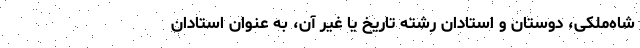
شاه‌ملکی، دوستان و استادان رشته تاریخ یا غیر آن، به عنوان استادان